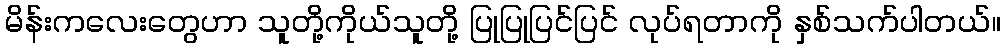
မိန်းကလေးတွေဟာ သူတို့ကိုယ်သူတို့ ပြုပြုပြင်ပြင် လုပ်ရတာကို နှစ်သက်ပါတယ်။